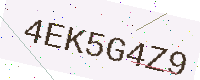
Text: 4EK5G4Z9